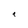
Character: t